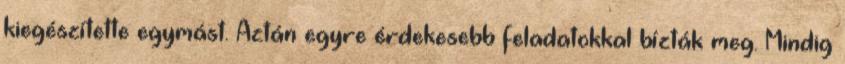
kiegészítette egymást. Aztán egyre érdekesebb feladatokkal bízták meg. Mindig